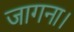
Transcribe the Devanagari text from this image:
जागना।